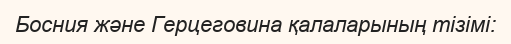
Босния және Герцеговина қалаларының тізімі: